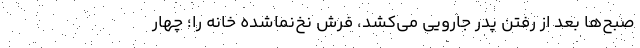
صبح‌ها بعد از رفتن پدر جارویی می‌کشد، فرش نخ‌نماشده خانه را؛ چهار